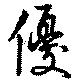
優